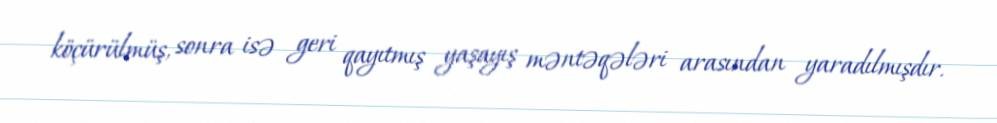
köçürülmüş, sonra isə geri qayıtmış yaşayış məntəqələri arasından yaradılmışdır.